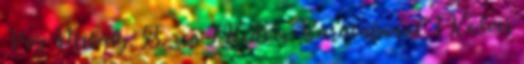
Vég Mihály: 55. zso 1 Kedves Barátaimnak 1 Kedves